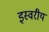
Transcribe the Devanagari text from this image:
इस्वरीय